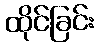
ထိုင်ခြင်း